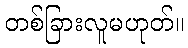
တစ်ခြားလူမဟုတ်။